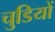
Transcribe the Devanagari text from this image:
चुडियों